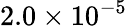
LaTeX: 2.0\times 10^{-5}